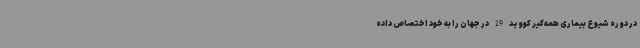
در دوره شیوع بیماری همه‌گیر کووید 19 در جهان را به خود اختصاص داده